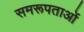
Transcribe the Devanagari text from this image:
समरूपताओं